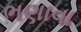
ભણાવા